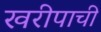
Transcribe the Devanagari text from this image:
खरीपाची